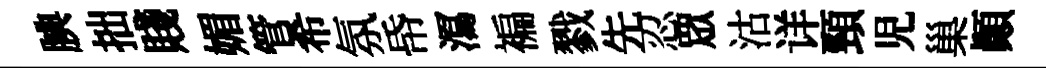
腆拙賤媚管希氛帋㵼褊戮先忍衆沽详頸児巢顛